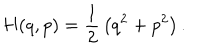
H ( q , p ) = { \frac { 1 } { 2 } } \left( q ^ { 2 } + p ^ { 2 } \right) .